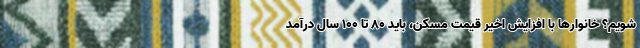
شویم؟ خانوارها با افزایش اخیر قیمت مسکن، باید ۸۰ تا ۱۰۰ سال درآمد